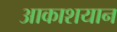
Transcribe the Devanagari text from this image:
आकाशयान